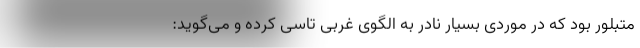
متبلور بود که در موردی بسیار نادر به الگوی غربی تاسی کرده و می‌گوید: